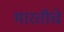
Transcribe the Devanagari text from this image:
भारतीचे